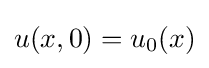
u(x,0)=u_{0}(x)